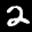
Label: 2